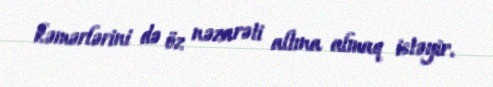
kəmərlərini də öz nəzarəti altına almaq istəyir.